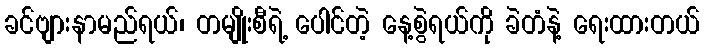
ခင်ဗျားနာမည်ရယ်၊ တမျိုးစီရဲ့ ပေါင်တဲ့ နေ့စွဲရယ်ကို ခဲတံနဲ့ ရေးထားတယ်